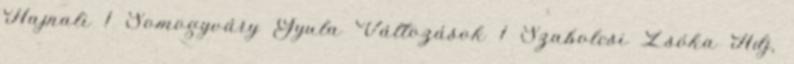
Hajnali 1 Somogyváry Gyula Változások 1 Szabolcsi Zsóka Adj,